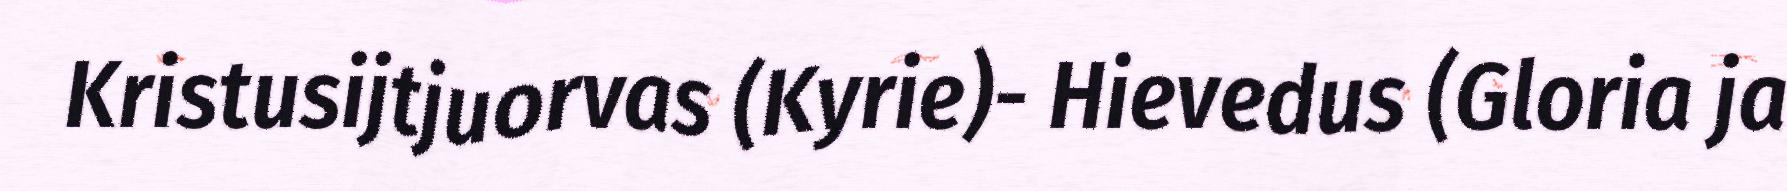
Kristusijtjuorvas (Kyrie)- Hievedus (Gloria ja